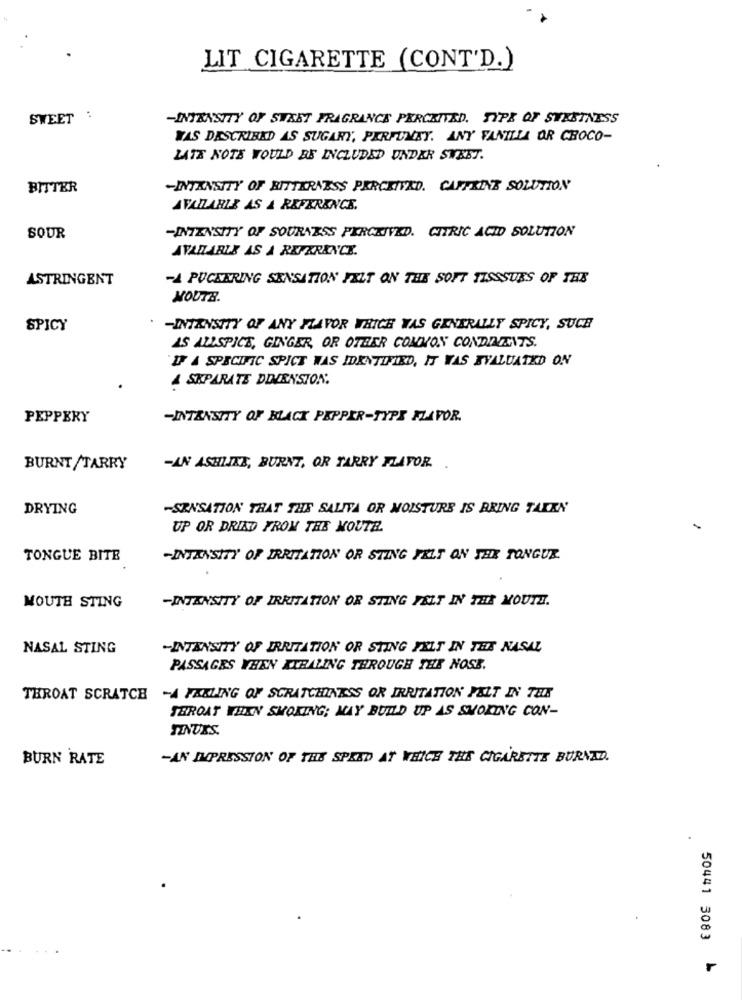
LIT CIGARETTE (CONT'D.)
SWEET
:
-INTENSITY OF SWEET FRAGRANCE PERCEIVED. TYPE OF SWEETNESS
WAS DESCRIBED AS SUGARY, PARFUMSY. ANY FANILLA OR CHOCO-
LATE NOTE WOULD BE INCLUDED UNDER SWEET.
BITTER
-INTENSITY OF BITTERNESS PERCEIVED. CAFFEINE SOLUTION
AVATARLE AS A REFERENCE.
-INTENSITY OF SOURNESS PERCEIVED. CITRIC ACID SOLUTION
SOUR
AVAILABLE AS A REFERENCE.
ASTRINGENT
-A PUCEERING SENSATION FELT ON THE SOFT TISSSUES OF THE
MOUTB.
SPICY
-INTENSITY OF ANY FLAVOR WHICH WAS GENERALLY SPICY, SUCH
AS ALLSPICE, GINGER, OR OTHER COMMON CONDIMENTS.
IF A SPECIFIC SPICE WAS IDENTIFIED, IT WAS EVALUATED ON
A SEPARATE DIMENSION.
PEPPERY
-INTENSITY OF BLACK PEPPER-TYPE FLAVOR.
BURNT/TARRY
-AN ASHLIKE, BURNT, OR TARRY FLAVOR. .
DRYING
-SENSATION THAT THE SALITA OR MOISTURE IS BRING TAKEN
UP OR DRIAD FROM THE MOUTH.
TONGUE BITE
-INTENSITY OF IRRITATION OR STING FELT ON THE TONGUE.
-INTENSITY OF IRRITATION OR STING FELT IN THE MOUTH.
MOUTH STING
NASAL STING
-INTENSITY OF IRRITATION OR STING FELT IN THIS NASAL
PASSAGES WHEN XTRALING THROUGH THE NOSE.
THROAT SCRATCH -A FALLING OF SCRATCHINESS OR IRRITATION PALT IN THE
THROAT WHEN SMOKING; MAY BUILD UP AS SMOKING CON-
TINUES.
BURN RATE
-AN IMPRESSION OF THE SPEED AT WHICH THE CIGARETTE BURNAD.
50441 3083